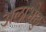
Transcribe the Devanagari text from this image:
अलाभेछु